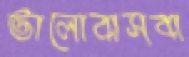
ভালোবাসবা